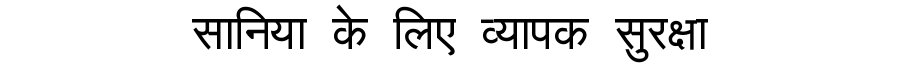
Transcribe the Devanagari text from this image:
सानिया के लिए व्यापक सुरक्षा